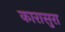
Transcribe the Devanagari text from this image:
कारासुरा